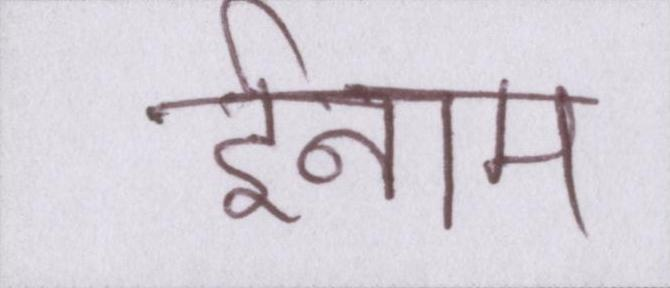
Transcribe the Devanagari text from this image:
ईनाम